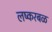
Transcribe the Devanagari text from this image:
लष्करबळ